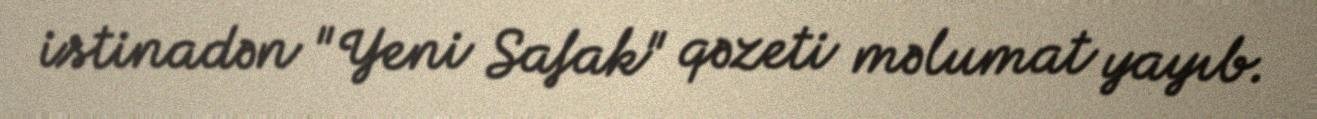
istinadən "Yeni Safak" qəzeti məlumat yayıb.